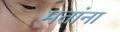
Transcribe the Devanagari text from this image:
मतांना